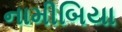
નામીબિયા